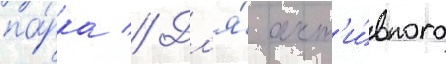
па́рка // Дл'я́ акт'и́вного